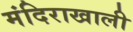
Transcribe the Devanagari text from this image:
मंदिराखाली